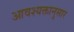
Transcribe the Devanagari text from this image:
आवश्यक्तानुसार